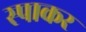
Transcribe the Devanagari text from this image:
स्पाकर